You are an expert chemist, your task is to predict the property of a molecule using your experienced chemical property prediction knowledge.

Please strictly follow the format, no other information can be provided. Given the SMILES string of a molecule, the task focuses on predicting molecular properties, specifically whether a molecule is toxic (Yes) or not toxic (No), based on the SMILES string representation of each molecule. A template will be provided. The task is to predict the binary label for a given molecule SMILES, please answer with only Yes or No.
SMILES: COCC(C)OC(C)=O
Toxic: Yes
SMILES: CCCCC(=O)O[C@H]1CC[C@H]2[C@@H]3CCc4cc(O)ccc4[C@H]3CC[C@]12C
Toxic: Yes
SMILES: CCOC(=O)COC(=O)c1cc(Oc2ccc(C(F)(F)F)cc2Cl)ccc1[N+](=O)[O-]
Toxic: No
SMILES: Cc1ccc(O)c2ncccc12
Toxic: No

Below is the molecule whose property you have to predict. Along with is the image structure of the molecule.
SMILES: COC(c1ccccc1)(c1ccccc1)[C@H](Oc1nc(C)cc(C)n1)C(=O)O
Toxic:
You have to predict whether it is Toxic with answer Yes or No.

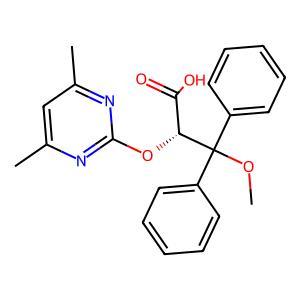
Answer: No